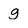
Character: g